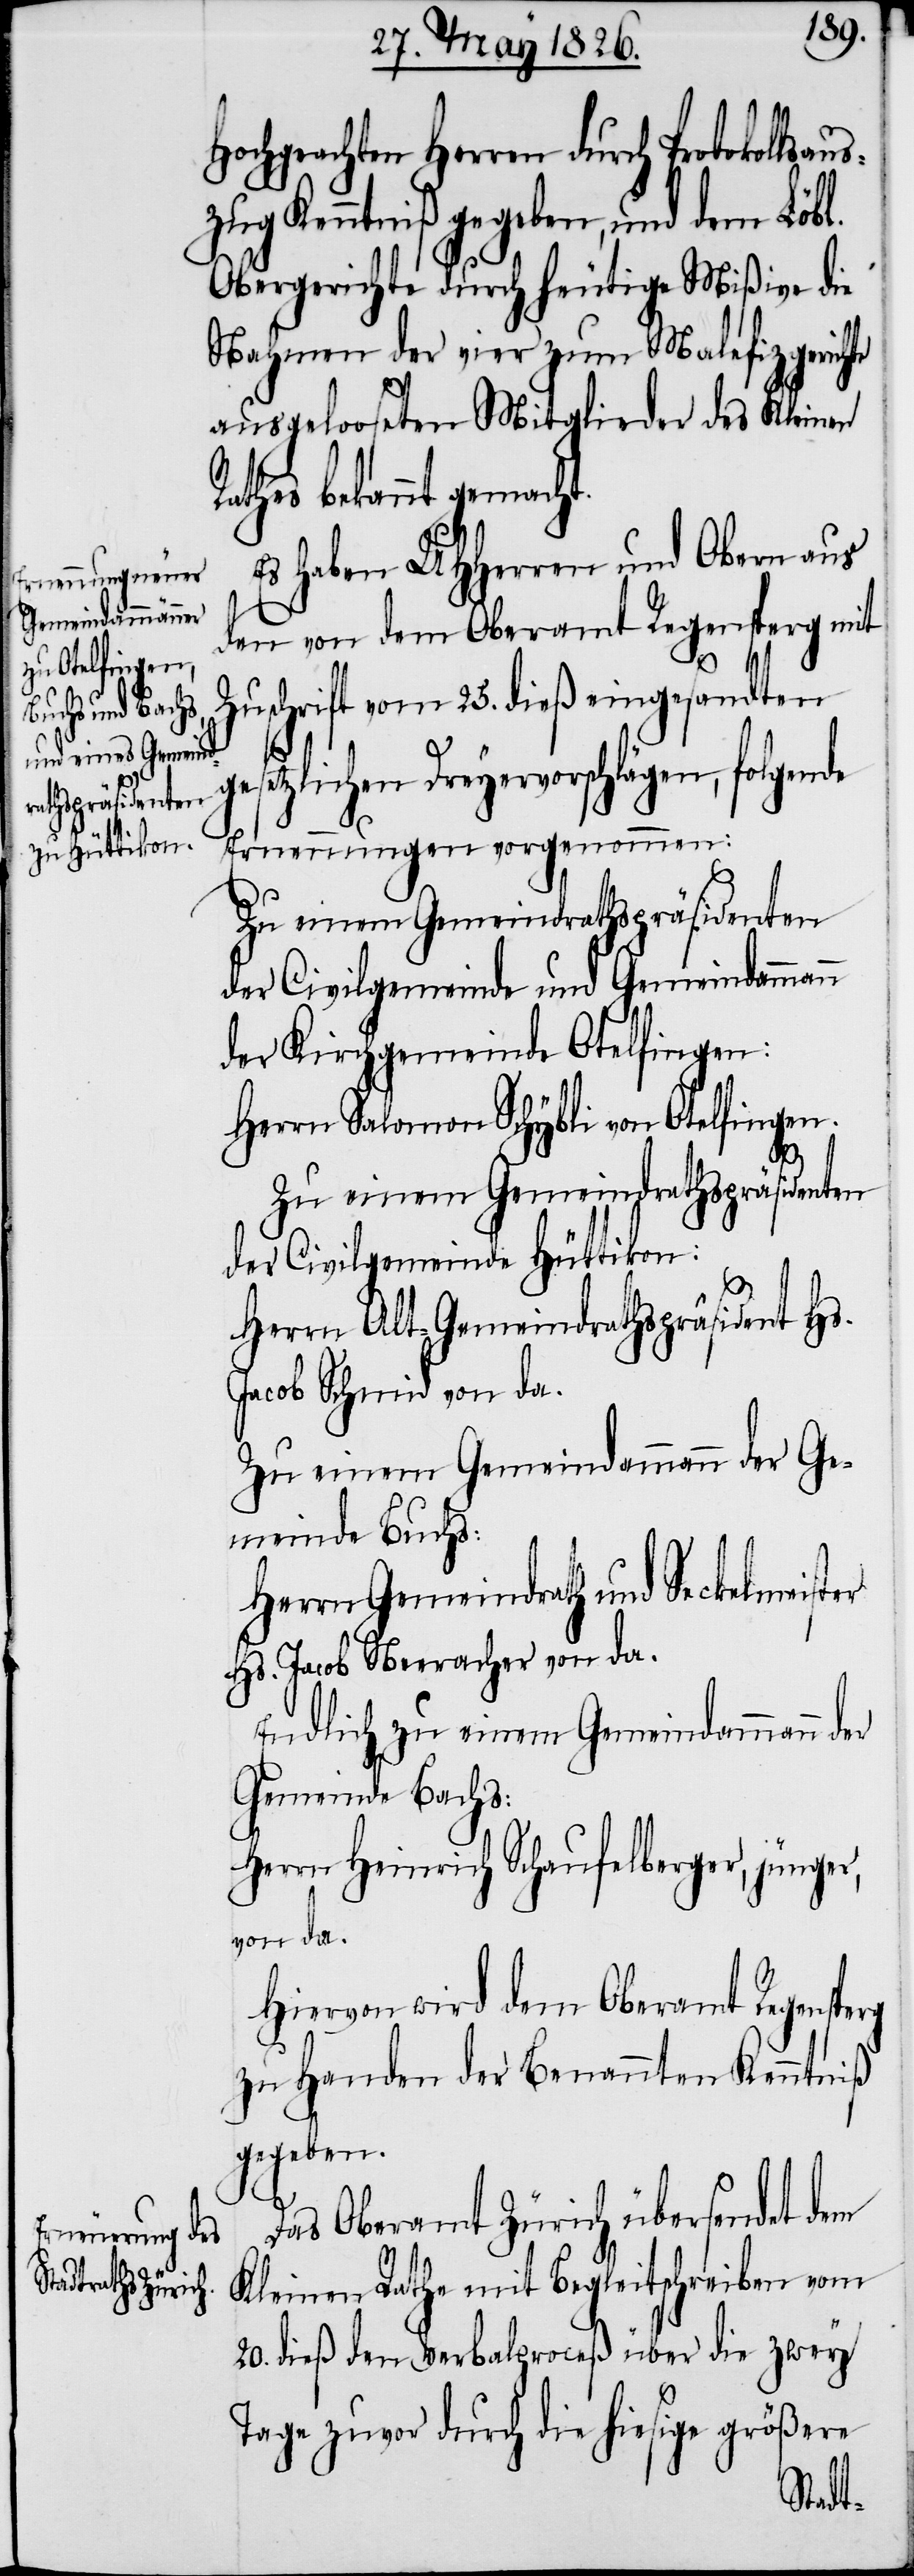
Hochgeachten Herren durch Protokolls¬
zug Kenntniß gegeben, und dem Löbl.
Obergerichte durch heutige Mißive die
Nahmen der vier zum Malefizgerichte
ausgelooseten Mitglieder des Kleinen
Rathes bekannt gemacht.
Es haben UHHerren und Obern aus
den von dem Oberamt Regensperg mit
gesetzlichen
Zuschrift vom 25. dieß eingesandten
Dreyervorschlägen, folgende
Erneuerungen vorgenommen:
Zu einem Gemeindrathspräsidenten
der Civilgemeinde und Gemeindammann
der Kirchgemeinde Otelfingen:
Herrn Salomon Schybli von Otelfingen.
rg
der Civilgemeinde Hüttikon:
Herrn Alt-Gemeindrathspräsident Hs.
Jacob Schmid von da.
Zu einem Gemeindammann der Ge¬
meinde Buchs:
Herrn Gemeindrath und Seckelmeister
Hs. Jacob Neeracher von da.
Endlich zu einem Gemeindammann der
Gemeinde Bachs:
Herrn Heinrich Schaufelberger, jünger,
von da.
Hiervon wird dem Oberamt Regenspe¬
zu Handen der Benannten Kenntniß
gegeben.
Das Oberamt Zürich übersendet dem
Kleinen Rathe mit Begleitschreiben vom
20. dieß den Verbalproceß über die zwey
Tage zuvor durch die hiesige größere